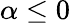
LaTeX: \alpha\leq 0